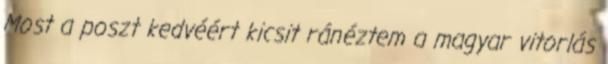
Most a poszt kedvéért kicsit ránéztem a magyar vitorlás